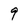
Character: 9